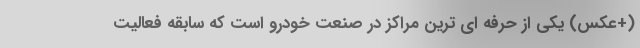
(+عکس) یکی از حرفه ای ترین مراکز در صنعت خودرو است که سابقه فعالیت